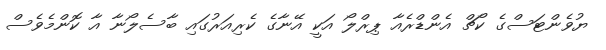
ޔުވެންޓަސްގެ ކޯޗް އެންޑްރެއާ ޕިރްލޯ އަކީ އޭނާގެ ކެރިއަރުގައި ބާސެލޯނާ އާ ކޮންމެވެސް